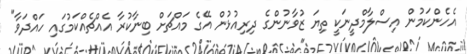
އެހެންކަމުން އިސްލާމްދީނަކީ ތިޔަ ޒުވާނުންގެ ދިރިއުޅުން އޭގެ މައްޗަށް ބިނާކުރާ އެއްޗެއްކަމުގައި ހައްދަވާ"